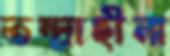
তন্দ্রাহীনা